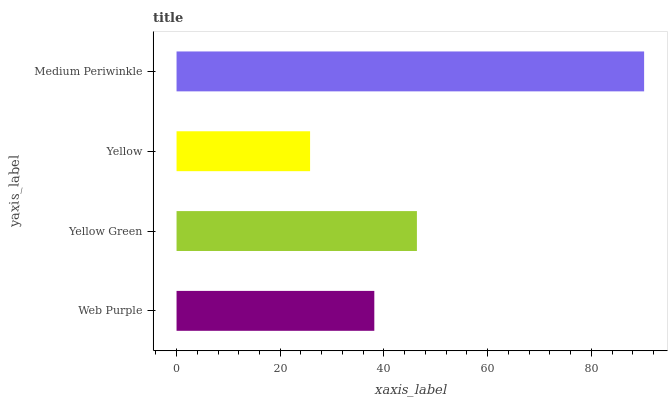
| yaxis_label | bars |
 | --- | --- |
 | Web Purple | 38.1 |
 | Yellow Green | 46.4 |
 | Yellow | 25.8 |
 | Medium Periwinkle | 90.2 |